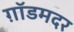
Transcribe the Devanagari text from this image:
ग़ॉडमदर